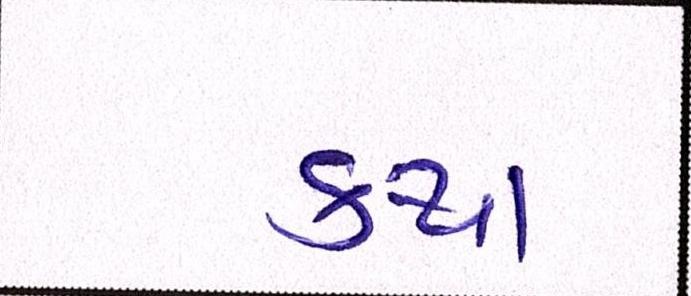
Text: કથા